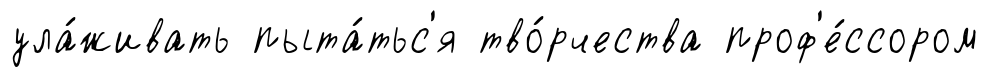
ула́живать пыта́тьс'я тво́рчества проф'е́ссором